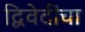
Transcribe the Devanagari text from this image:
द्विवेदींचा